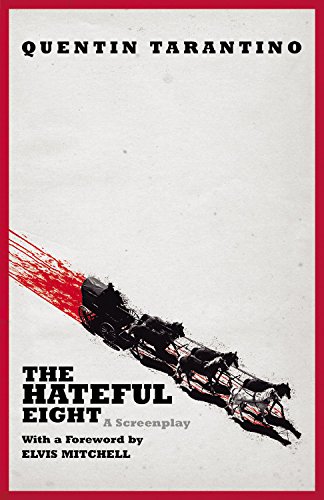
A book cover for The Hateful Eight; Quentin Tarantino; Humor & Entertainment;